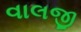
વાલજી